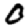
Digit: 0